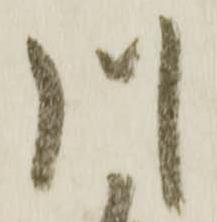
川